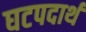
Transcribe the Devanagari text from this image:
घटपदार्थ